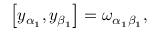
\left[ y _ { \alpha _ { 1 } } , y _ { \beta _ { 1 } } \right] = \omega _ { \alpha _ { 1 } \beta _ { 1 } } ,